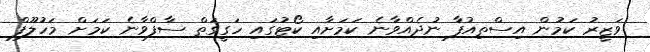
ވަޒީރު ކަމުން އިސްތިއުފާ ނުދެއްވާނެ ކަމަށާއި ކޯޓުގައި ހަގީގަތް ސާފްވާނެ ކަމަށް މަހުލޫފް